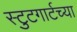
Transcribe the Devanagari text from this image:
स्टुटगार्टच्या